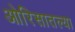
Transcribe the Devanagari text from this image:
ओरिसातल्या